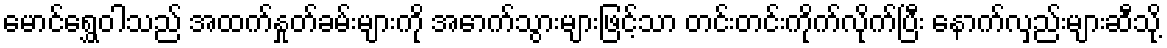
မောင်ရွှေဝါသည် အထက်နှုတ်ခမ်းများကို အောက်သွားများဖြင့်သာ တင်းတင်းကိုက်လိုက်ပြီး နောက်လှည်းများဆီသို့